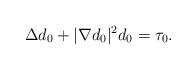
LaTeX: \begin{align*}\Delta d_0+|\nabla d_0|^2 d_0=\tau_0.\end{align*}